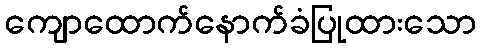
ကျောထောက်နောက်ခံပြုထားသော